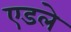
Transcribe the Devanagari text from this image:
एडले